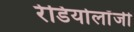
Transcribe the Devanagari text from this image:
रेडियोलॉंजी